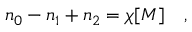
n _ { 0 } - n _ { 1 } + n _ { 2 } = \chi [ { \cal M } ] ~ ~ ~ ,